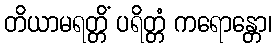
တိယာမရတ္တိံ ပရိတ္တံ ကရောန္တော၊